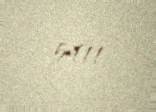
5411